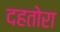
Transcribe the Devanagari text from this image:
दहतोरा